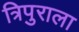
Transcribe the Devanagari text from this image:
त्रिपुराला